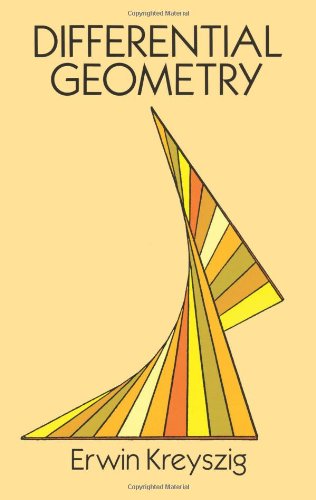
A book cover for Differential Geometry (Dover Books on Mathematics); Erwin Kreyszig; Science & Math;